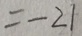
= - 2 1